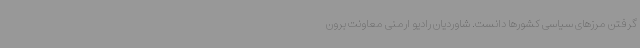
گرفتن مرزهای سیاسی کشورها دانست. شاوردیان رادیو ارمنی معاونت برون